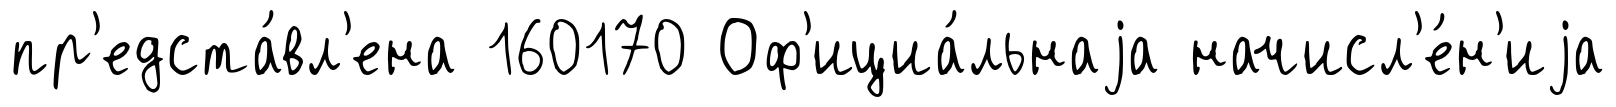
пр'едста́вл'ена 160170 Оф'ициа́льнаjа начисл'е́н'иjа